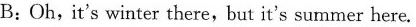
B:Oh,it's winter there, but it's summer here.